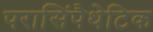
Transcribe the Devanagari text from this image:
परासिंपैथेटिक